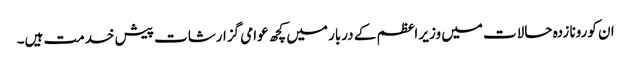
ان کورونا زدہ حالات میں وزیر اعظم کے دربار میں کچھ عوامی گزارشات پیش خدمت ہیں۔